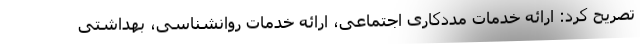
تصریح کرد: ارائه خدمات مددکاری اجتماعی، ارائه خدمات روانشناسی، بهداشتی